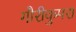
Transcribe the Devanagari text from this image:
गौरीकुमरा